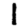
Digit: 1